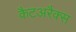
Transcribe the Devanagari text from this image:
कैटअरैक्स